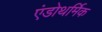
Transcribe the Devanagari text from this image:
एंडोथर्मिक